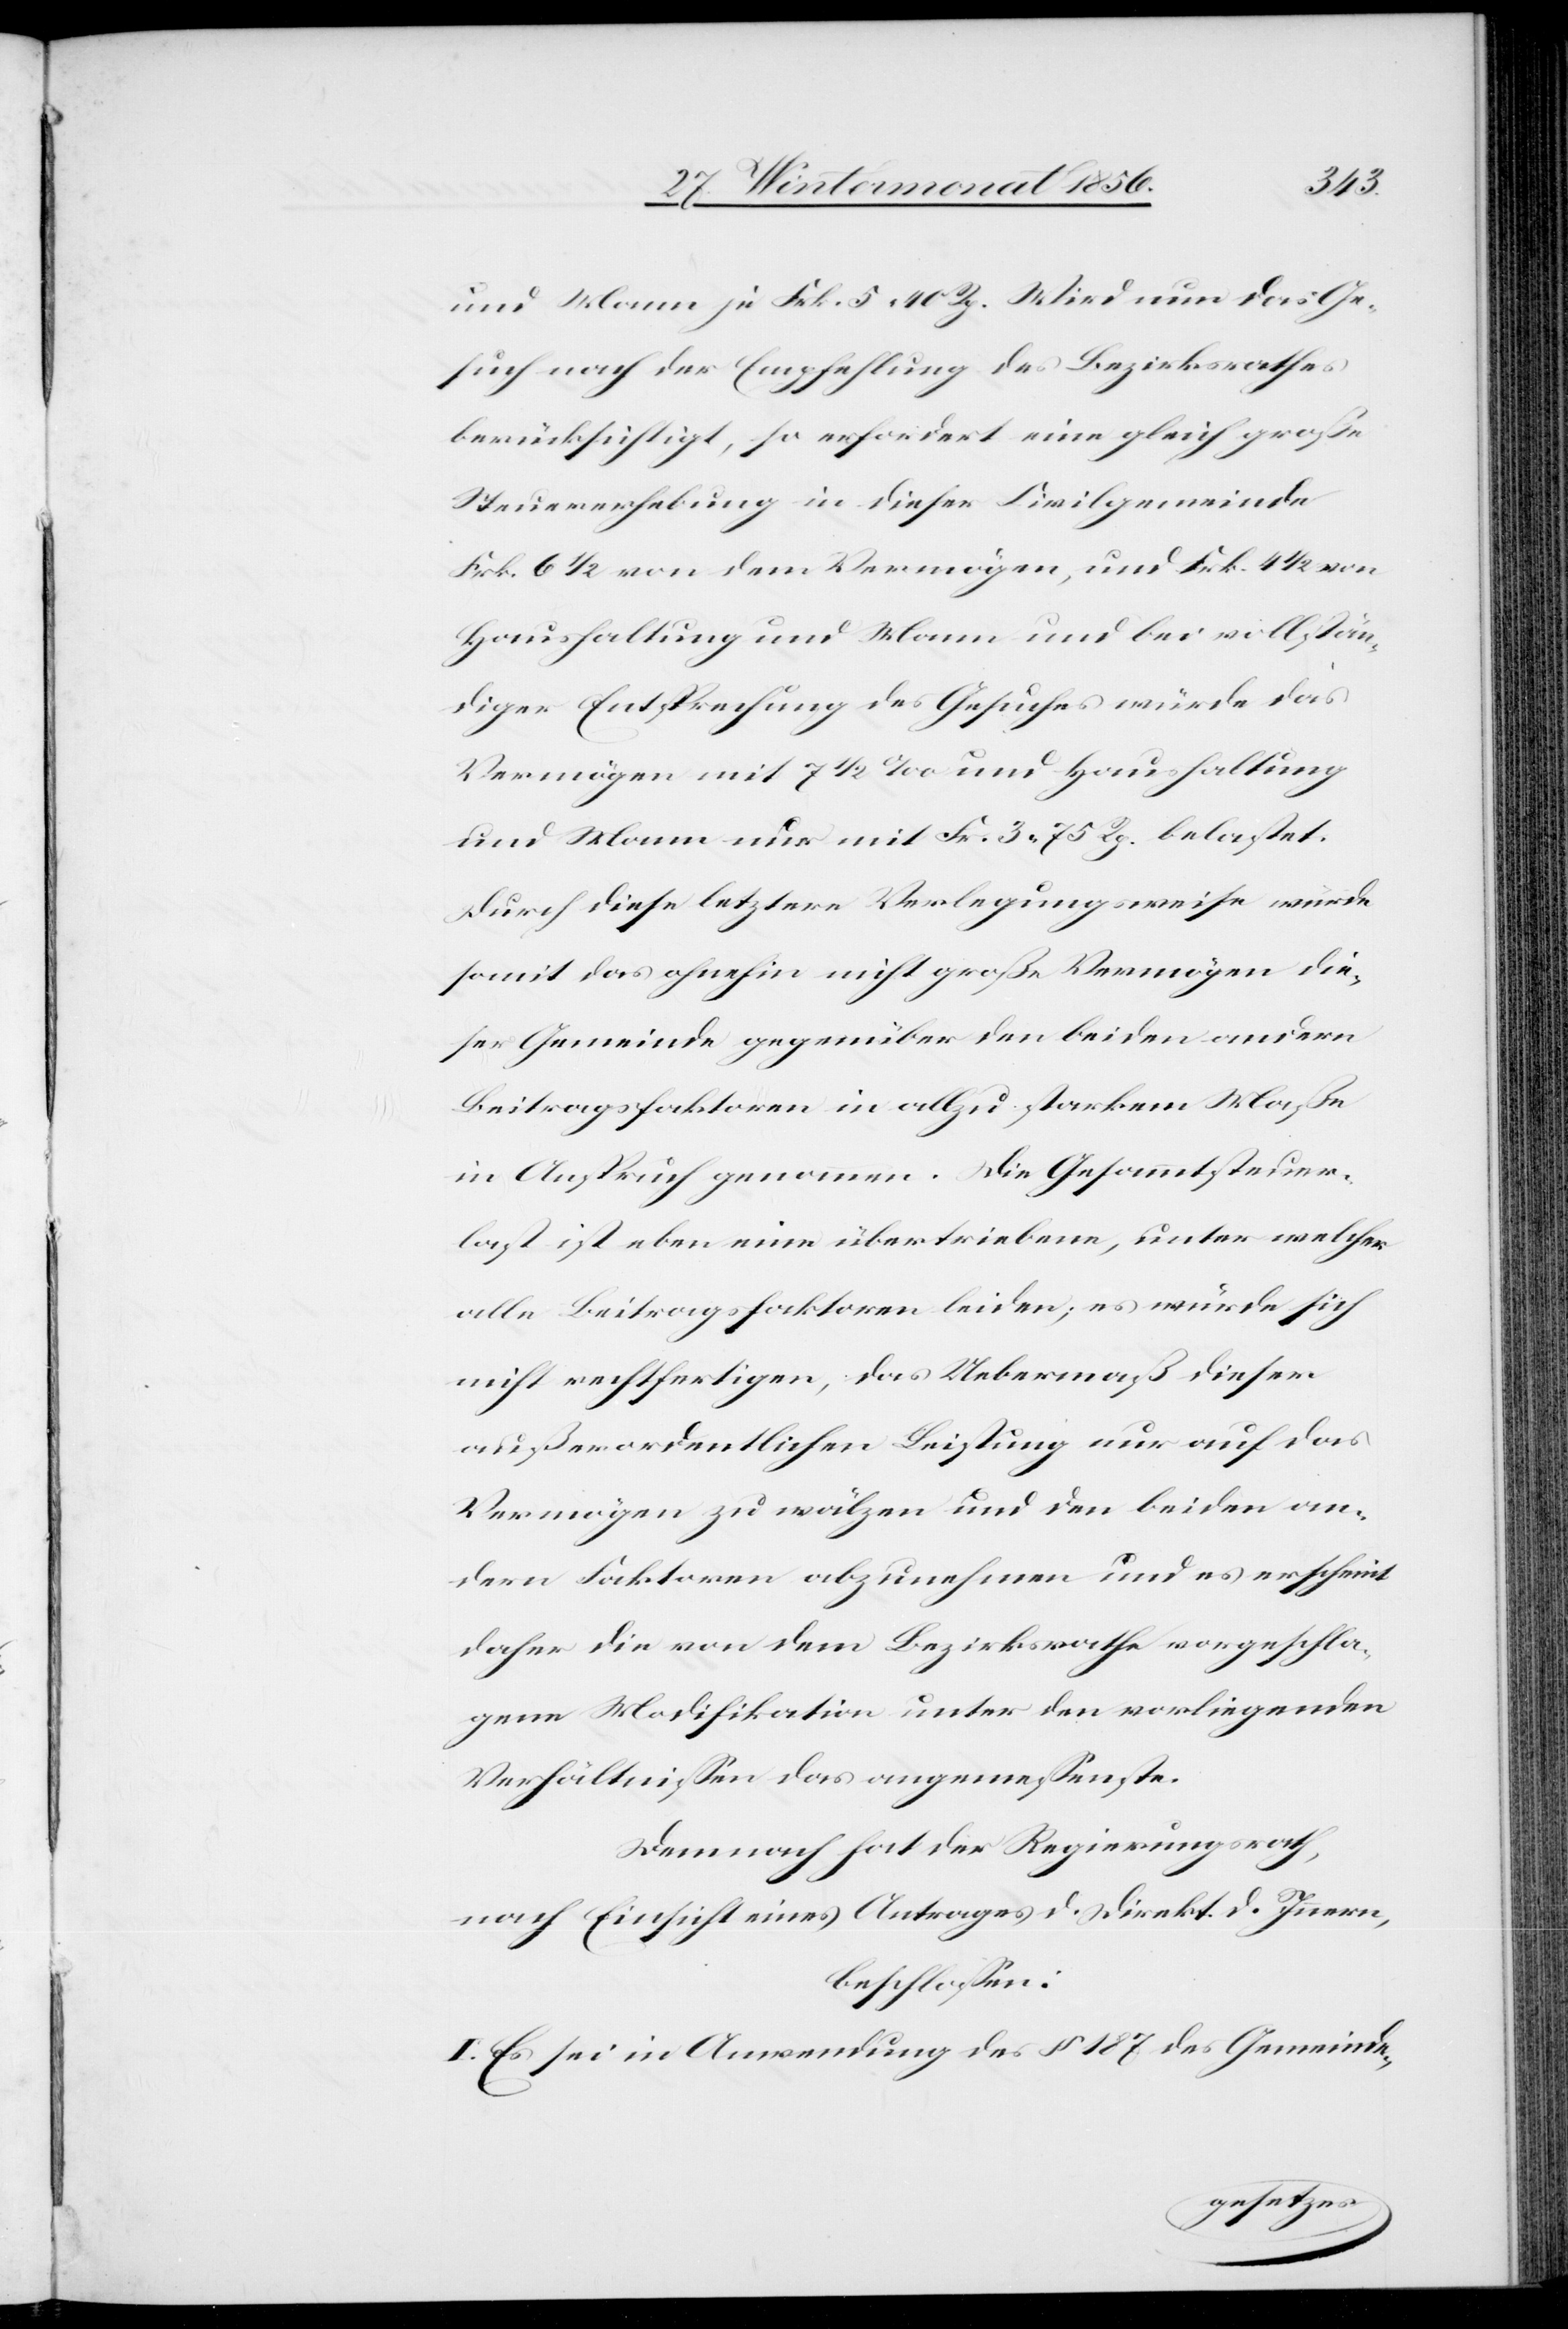
und Mann je Frk. 5. 40 Rp. Wird nun das Ge¬
such nach der Empfehlung des Bezirksrathes
berücksichtigt, so erfordert eine gleich große
Steuererhebung in dieser Civilgemeinde
Frk. 6 ½ von dem Vermögen, und Frk. 4 ½ von
Haushaltung und Mann und bei vollstän¬
diger Entsprechung des Gesuches würde das
Vermögen mit 7 ½ ‰ und Haushaltung
und Mann nur mit Fr. 3. 75 Rp. belastet.
Durch diese letztere Verlegungsweise würde
somit das ohnehin nicht große Vermögen die¬
ser Gemeinde gegenüber den beiden andern
Beitragsfaktoren in allzu starkem Maße
in Anspruch genommen. Die Gesammtsteuer¬
last ist eben eine übertriebene, unter welcher
alle Beitragsfaktoren leiden; es würde sich
nicht rechtfertigen, das Uebermaß dieser
außerordentlichen Leistung nur auf das
Vermögen zu wälzen und den beiden an¬
dern Faktoren abzunehmen und es erscheint
daher die von dem Bezirksrathe vorgeschla¬
gene Modifikation unter den vorliegenden
Verhältnissen das angemessenste.
Demnach hat der Regierungsrath,
nach Einsicht eines Antrages d. Direkt. d. Innern,
beschlossen:
I. Es sei in Anwendung des § 187 des Gemeinde-